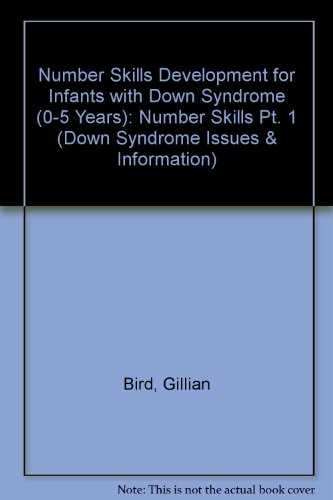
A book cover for Number Skills Development for Infants with Down Syndrome (0-5 Years) (Down Syndrome Issues & Information) (Pt. 1); Gillian Bird; Health, Fitness & Dieting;